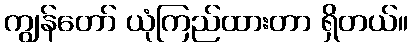
ကျွန်တော် ယုံကြည်ထားတာ ရှိတယ်။